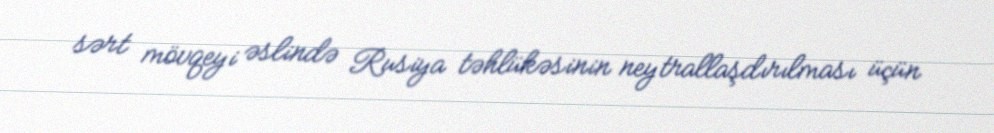
sərt mövqeyi əslində Rusiya təhlükəsinin neytrallaşdırılması üçün